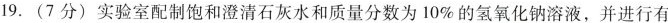
19.(7分)实验室配制饱和澄清石灰水和质量分数为10\%的氢氧化钠溶液，并进行有